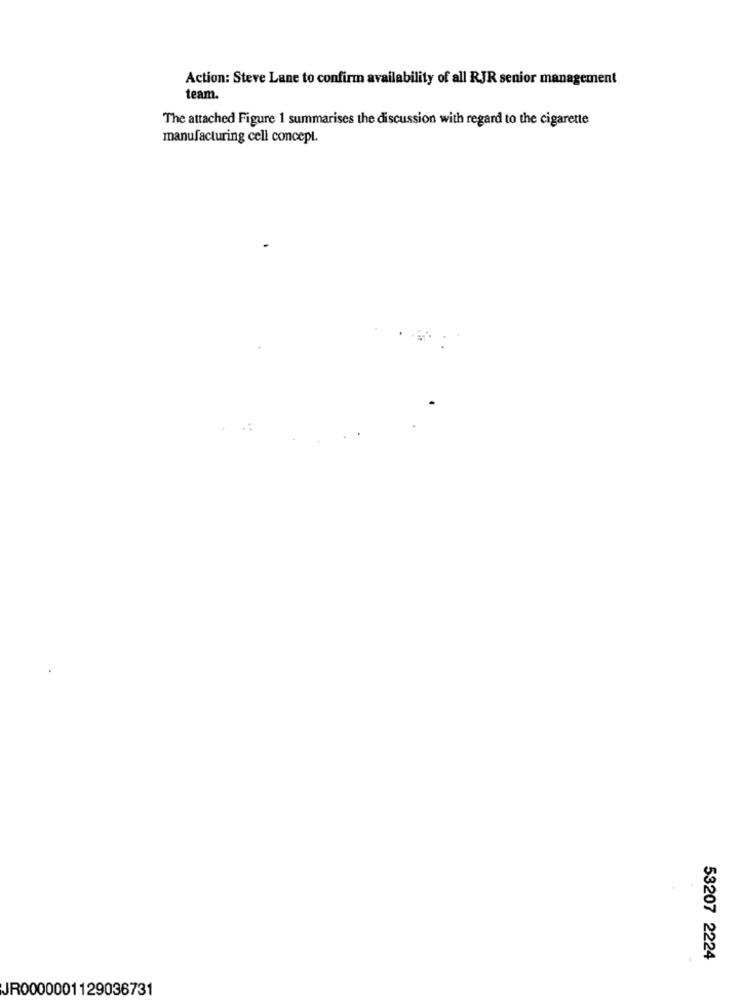
Action: Steve Lane to confirm availability of all RJR senior management
team.
The attached Figure 1 summarises the discussion with regard to the cigarette
manufacturing cell concept.
#
53207 2224
JR0000001129036731